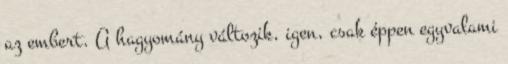
az embert. A hagyomány változik, igen, csak éppen egyvalami